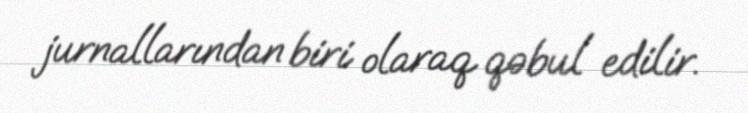
jurnallarından biri olaraq qəbul edilir.